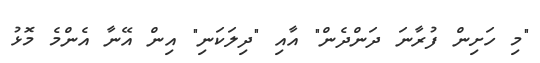
"މި ހަށިން ފުރާނަ ދަންދެން" އާއި "ދިލަކަނި" އިން އޭނާ އެންމެ މޮޅު